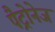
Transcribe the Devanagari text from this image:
पैट्रोनेज